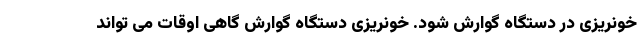
خونریزی در دستگاه گوارش شود. خونریزی دستگاه گوارش گاهی اوقات می تواند